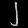
Digit: ၂